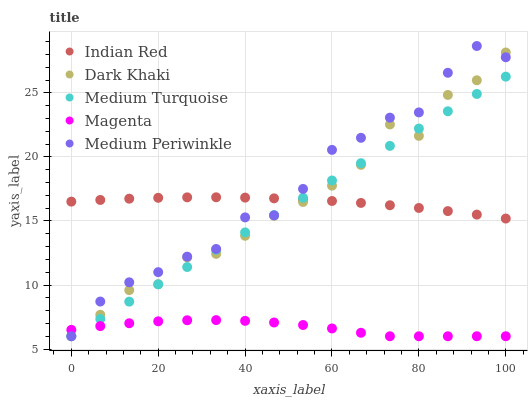
| xaxis_label | Indian Red | Dark Khaki | Medium Turquoise | Magenta | Medium Periwinkle |
 | --- | --- | --- | --- | --- | --- |
 | 0 | 16.5 | 6 | 6 | 6.5 | 6 |
 | 6.67 | 16.6 | 7.68 | 7.35 | 6.79 | 8.71 |
 | 13.3 | 16.7 | 9.6 | 8.7 | 7.01 | 10.2 |
 | 20 | 16.8 | 10.1 | 10.1 | 7.17 | 11 |
 | 26.7 | 16.8 | 12.2 | 11.4 | 7.25 | 12.2 |
 | 33.3 | 16.8 | 12.4 | 12.8 | 7.26 | 12.8 |
 | 40 | 16.8 | 13.8 | 14.1 | 7.2 | 15.3 |
 | 46.7 | 16.8 | 15.4 | 15.5 | 7.08 | 15.4 |
 | 53.3 | 16.7 | 16.5 | 16.8 | 6.88 | 17.5 |
 | 60 | 16.6 | 17.8 | 18.2 | 6.61 | 20.5 |
 | 66.7 | 16.4 | 19.4 | 19.5 | 6.27 | 21.5 |
 | 73.3 | 16.2 | 22.5 | 20.9 | 6 | 23.1 |
 | 80 | 16 | 21.6 | 22.2 | 6 | 23.5 |
 | 86.7 | 15.8 | 24.8 | 23.6 | 6 | 26.6 |
 | 93.3 | 15.5 | 26 | 24.9 | 6 | 28.7 |
 | 100 | 15.2 | 28.2 | 26.3 | 6 | 27.8 |